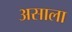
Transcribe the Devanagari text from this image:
असाला